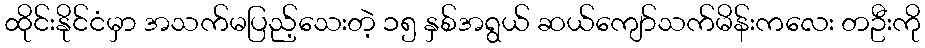
ထိုင်းနိုင်ငံမှာ အသက်မပြည့်သေးတဲ့ ၁၅ နှစ်အရွယ် ဆယ်ကျော်သက်မိန်းကလေး တဦးကို